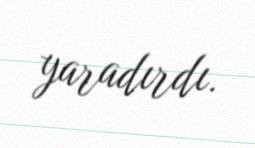
yaradırdı.